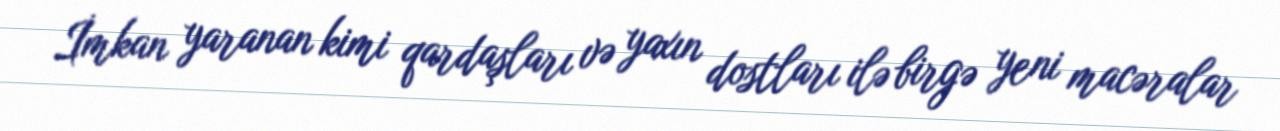
İmkan yaranan kimi qardaşları və yaxın dostları ilə birgə yeni macəralar